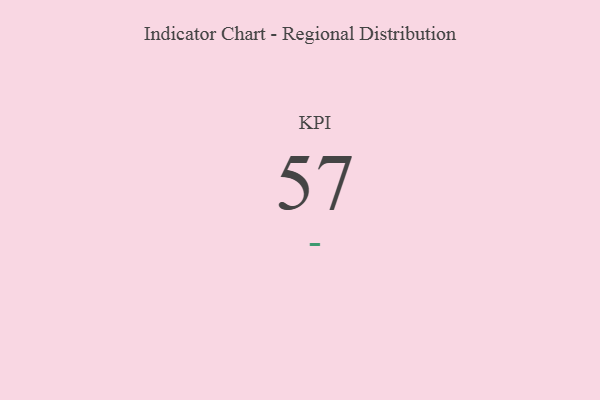
{"axis": {"x": "KPI", "y": "Value"}, "legend": [""], "data": [{"x": "KPI", "y": 57, "type": ""}]}